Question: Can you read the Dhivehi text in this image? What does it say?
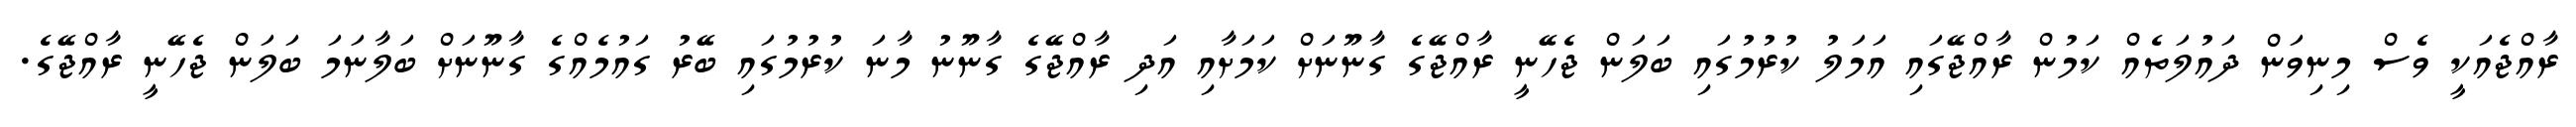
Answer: ރާއްޖެއަކީ ވެސް މިނިވަން ދައުލަތެއް ކަމުން ރާއްޖޭގައި އަމަލު ކުރުމުގައި ބަލަން ޖެހޭނީ ރާއްޖޭގެ ގާނޫނަށް ކަމަށާއި އަދި ރާއްޖޭގެ ގާނޫނު މާނަ ކުރުމުގައި ބޭރު ގައުމެއްގެ ގާނޫނަށް ބަލާނަމަ ބަލަން ޖެހޭނީ ރާއްޖޭގެ.